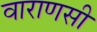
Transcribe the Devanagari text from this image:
वाराणसी